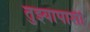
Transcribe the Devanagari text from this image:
तुझ्यापाशी